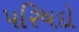
પરિષદો